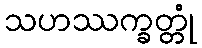
သဟဿက္ခတ္တုံ